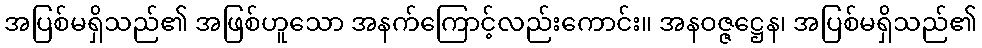
အပြစ်မရှိသည်၏ အဖြစ်ဟူသော အနက်ကြောင့်လည်းကောင်း။ အနဝဇ္ဇဋ္ဌေန၊ အပြစ်မရှိသည်၏